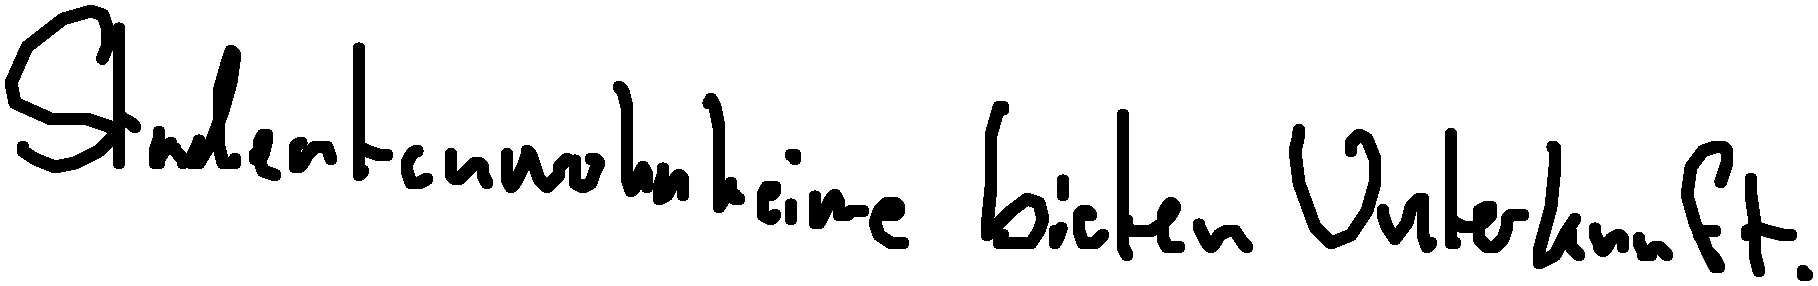
Studentenwohnheime bieten Unterkunft.